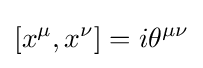
[x^{\mu },x^{\nu }]=i\theta ^{\mu \nu }\,\!